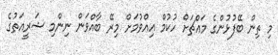
މި ތިން ބޭފުޅުންގެ މައްޗަށް ހުކުމް އިއްވުމަށް މިރޭ ބާއްވަން ނިންމި ޝަރީއަތުގެ